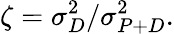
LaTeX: \zeta=\sigma_{D}^{2}/\sigma_{P+D}^{2}.